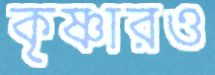
কৃষ্ণারও